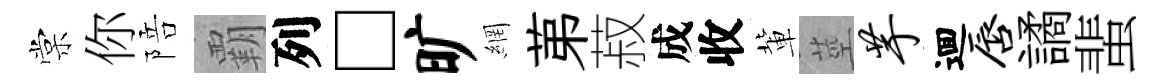
棠你陪覇列□旷網苐菽成收軰莖芋逥唇譎蜚